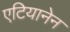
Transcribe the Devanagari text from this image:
एटियानेन